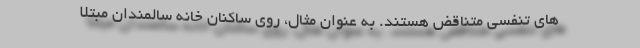
های تنفسی متناقض هستند. به عنوان مثال، روی ساکنان خانه سالمندان مبتلا